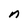
Character: n